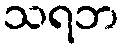
သရဘ